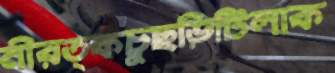
নীরত্কচুছড়িটিলাক